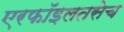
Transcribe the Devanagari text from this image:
एरफॉइलतसेच